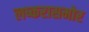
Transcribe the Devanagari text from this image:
लष्करासमोर